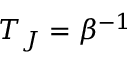
T _ { J } = \beta ^ { - 1 }